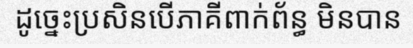
ដូច្នេះប្រសិនបើភាគីពាក់ព័ន្ធ មិនបាន